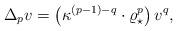
LaTeX: \begin{align*}\Delta_p v = \left (\kappa^{(p-1) - q} \cdot \varrho_\star^p \right )v^q,\end{align*}